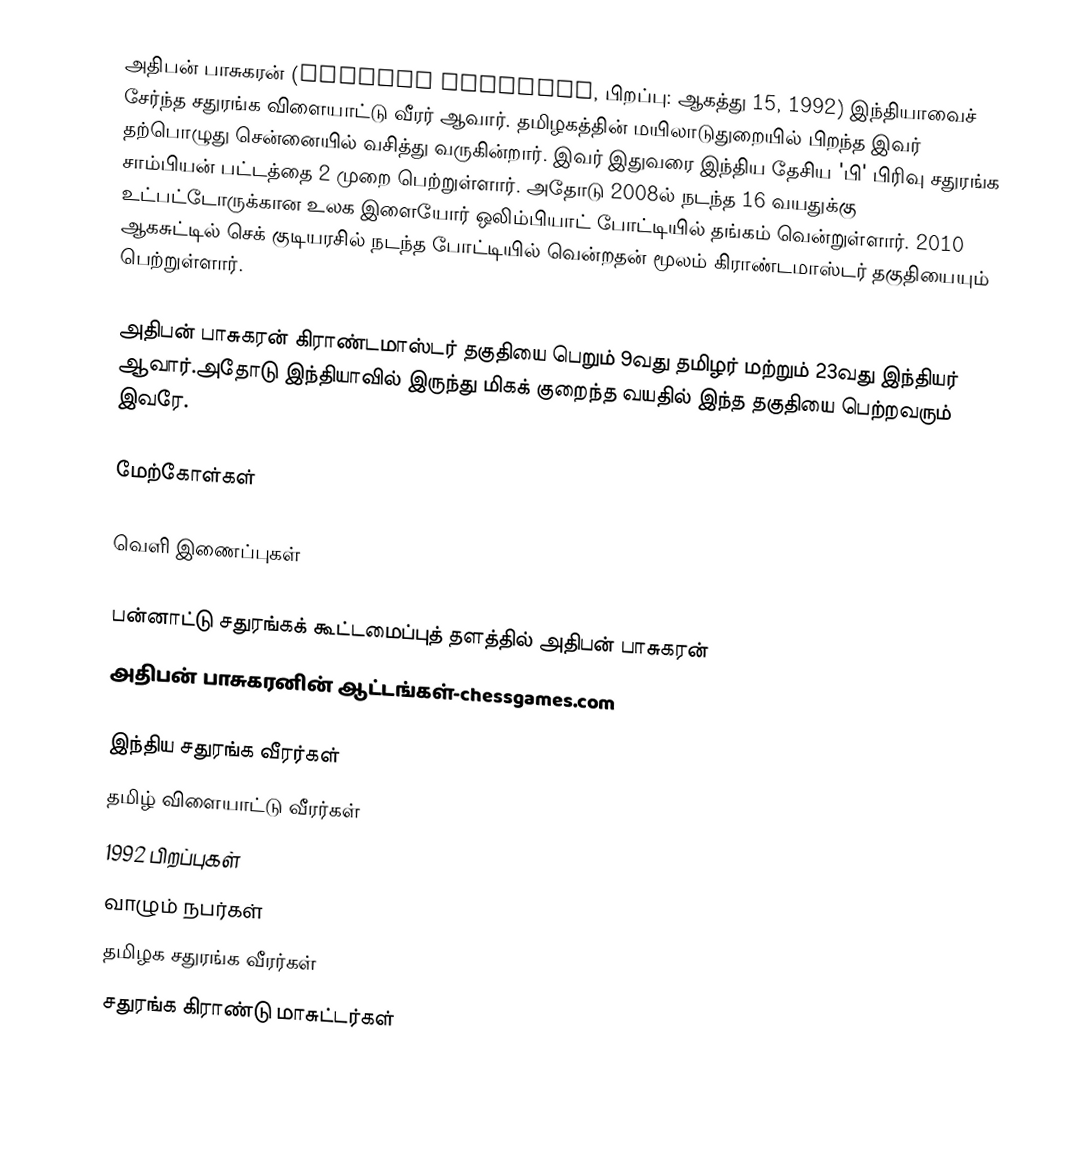
அதிபன் பாசுகரன் (Adhiban Baskaran, பிறப்பு: ஆகத்து 15, 1992) இந்தியாவைச் சேர்ந்த சதுரங்க விளையாட்டு வீரர் ஆவார்.  தமிழகத்தின் மயிலாடுதுறையில் பிறந்த இவர் தற்பொழுது சென்னையில் வசித்து வருகின்றார். இவர் இதுவரை இந்திய தேசிய 'பி' பிரிவு சதுரங்க சாம்பியன் பட்டத்தை 2 முறை பெற்றுள்ளார். அதோடு 2008ல் நடந்த 16 வயதுக்கு உட்பட்டோருக்கான உலக இளையோர் ஒலிம்பியாட் போட்டியில் தங்கம் வென்றுள்ளார். 2010 ஆகசுட்டில் செக் குடியரசில் நடந்த போட்டியில் வென்றதன் மூலம் கிராண்டமாஸ்டர்  தகுதியையும் பெற்றுள்ளார்.

அதிபன் பாசுகரன் கிராண்டமாஸ்டர்  தகுதியை பெறும் 9வது தமிழர் மற்றும் 23வது இந்தியர் ஆவார்.அதோடு இந்தியாவில் இருந்து மிகக் குறைந்த வயதில் இந்த தகுதியை பெற்றவரும் இவரே.

மேற்கோள்கள்

வெளி இணைப்புகள்

பன்னாட்டு சதுரங்கக் கூட்டமைப்புத் தளத்தில் அதிபன் பாசுகரன்
அதிபன் பாசுகரனின் ஆட்டங்கள்-chessgames.com

இந்திய சதுரங்க வீரர்கள்
தமிழ் விளையாட்டு வீரர்கள்
1992 பிறப்புகள்
வாழும் நபர்கள்
தமிழக சதுரங்க வீரர்கள்
சதுரங்க கிராண்டு மாசுட்டர்கள்